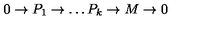
0 \to P _ { 1 } \to \dots P _ { k } \to M \to 0